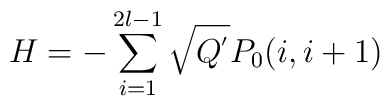
H=-\sum_{i=1}^{2l-1}\sqrt{Q^{'}}P_{0}(i,i+1)